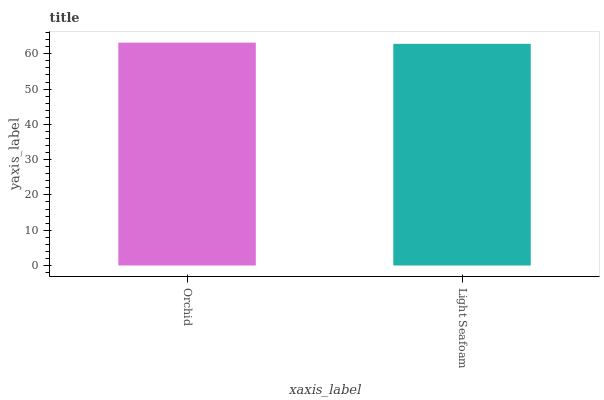
| xaxis_label | bars |
 | --- | --- |
 | Orchid | 63.2 |
 | Light Seafoam | 62.8 |